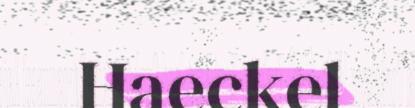
Haeckel